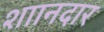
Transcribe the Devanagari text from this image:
शाानदार